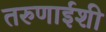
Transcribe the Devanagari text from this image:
तरुणाईशी